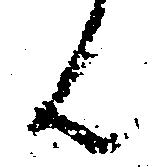
ん